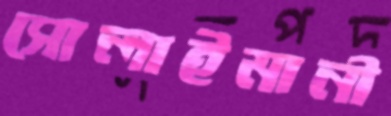
সোলাইমানী